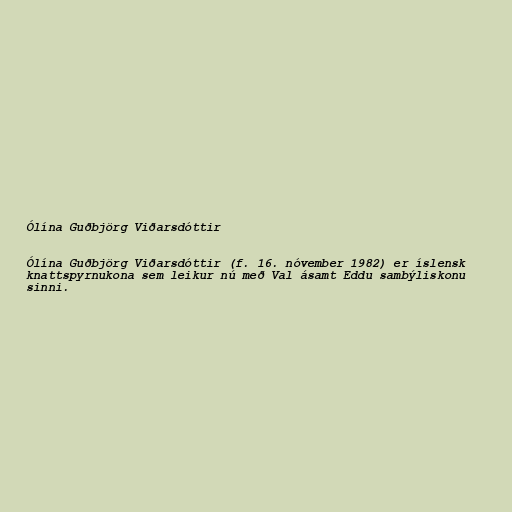
Ólína Guðbjörg Viðarsdóttir

Ólína Guðbjörg Viðarsdóttir (f. 16. nóvember 1982) er íslensk
knattspyrnukona sem leikur nú með Val ásamt Eddu sambýliskonu
sinni.